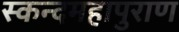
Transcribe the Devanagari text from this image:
स्कन्दमहापुराण